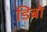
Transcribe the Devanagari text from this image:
डिबो